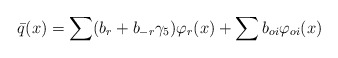
\begin{align*}\bar{q}(x) = \sum (b_{r} + b_{-r} \gamma_{5}) \varphi_{r}(x) +\sum b_{oi}\varphi_{oi}(x)\end{align*}